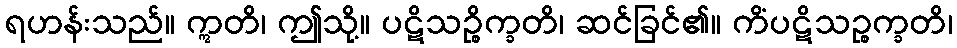
ရဟန်းသည်။ ဣတိ၊ ဤသို့။ ပဋိသဉ္စိက္ခတိ၊ ဆင်ခြင်၏။ ကိံပဋိသဉ္စက္ခတိ၊